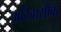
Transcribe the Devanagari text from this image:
अदिवासींवर